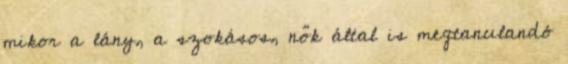
mikor a lány, a szokásos, nők által is megtanulandó